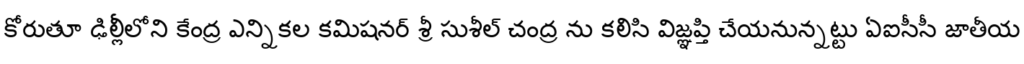
కోరుతూ ఢిల్లీలోని కేంద్ర ఎన్నికల కమిషనర్ శ్రీ సుశీల్ చంద్ర ను కలిసి విజ్ఞప్తి చేయనున్నట్టు ఏఐసీసీ జాతీయ